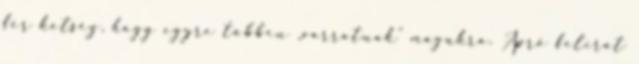
fér kétség, hogy egyre többen „varratnak” magukra. Apró felirat